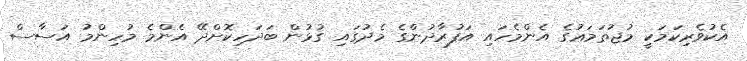
އެކުވެރިކަމަކީ މުޖުތަމަޢުގެ އެންމެހައި އަފުރާދުންގެ މެދުގައި ގުޅުން ބަދަހިކޮށްދޭ އެންމެ މުހިންމު އަސާސް